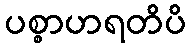
ပစ္စာဟရတိပိ